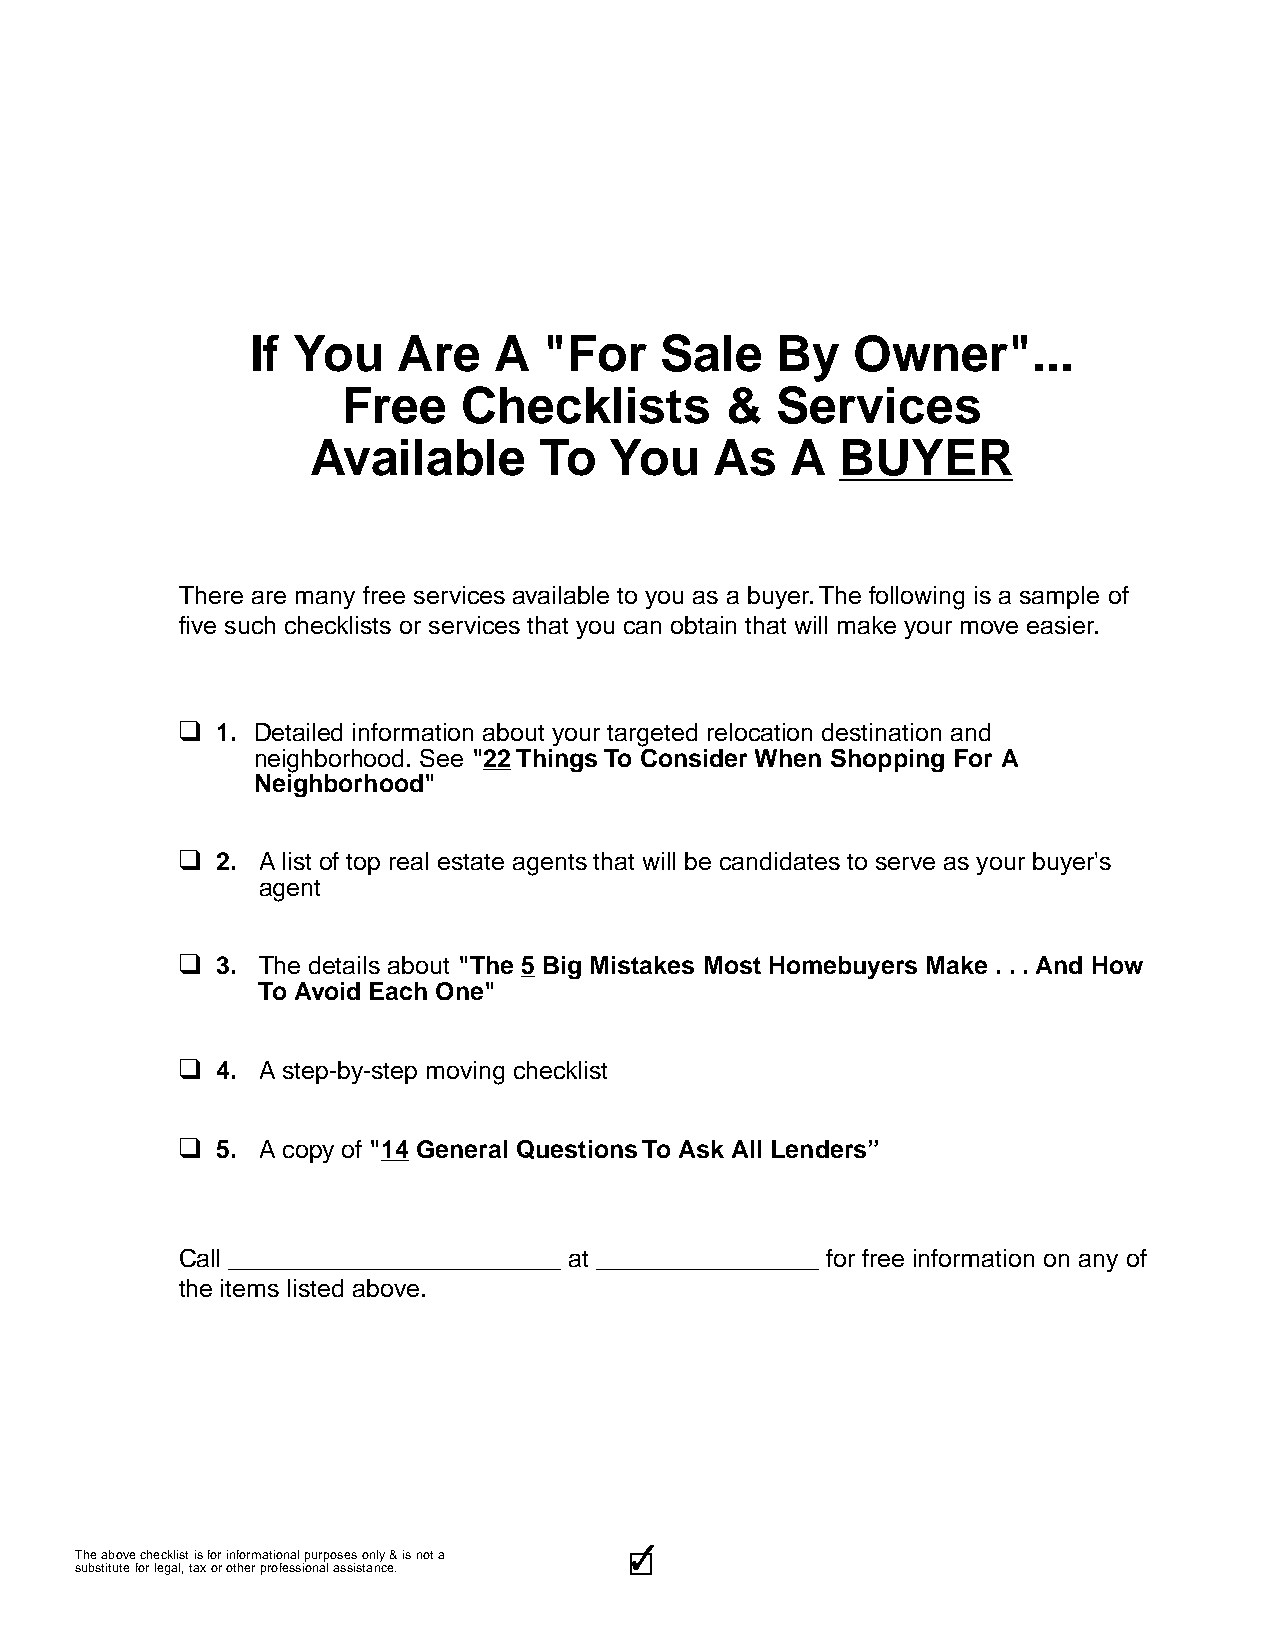
If You   Are    A  "For    Sale   By   Owner"...
 Free    Checklists       &  Services
 Available      To  You    As   A   BUYER
 There are many free services available to you as a buyer. The following is a sample of
 five such checklists or services that you can obtain that will make your move easier.
 q
 1. Detailed information about your targeted relocation destination and
 neighborhood. See "22 Things To Consider When Shopping For A
 Neighborhood"
 q
 2. A list of top real estate agents that will be candidates to serve as your buyer's
 agent
 q
 3. The details about "The 5 Big Mistakes Most Homebuyers Make . . . And How
 To Avoid Each One"
 q
 4. A step-by-step moving checklist
 q
 5. A copy of "14 General Questions To Ask All Lenders”
 Call ________________________ at ________________ for free information on any of
 the items listed above.
 3333333333
 The above checklist is for informational purposes only & is not a
 substitute for legal, tax or other professional assistance.